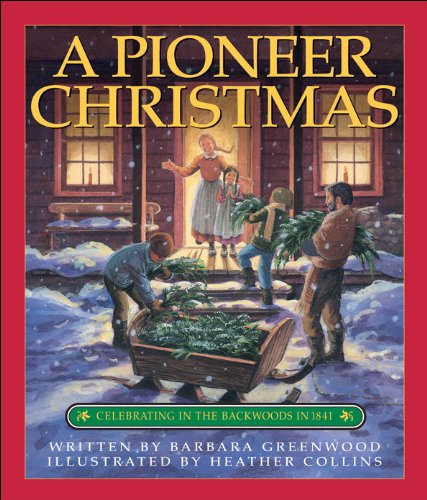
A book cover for Pioneer Christmas, A: Celebrating in the Backwoods in 1841; Barbara Greenwood; Children's Books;